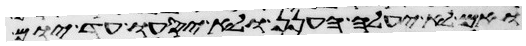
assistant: ואם לא יעלה הענן לא יסעו עד יום